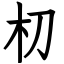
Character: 朷